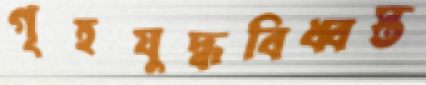
গৃহযুদ্ধবিধ্বস্ত